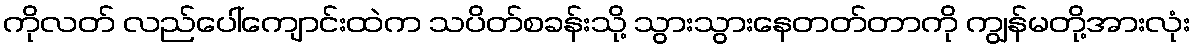
ကိုလတ် လည်ပေါ်ကျောင်းထဲက သပိတ်စခန်းသို့ သွားသွားနေတတ်တာကို ကျွန်မတို့အားလုံး